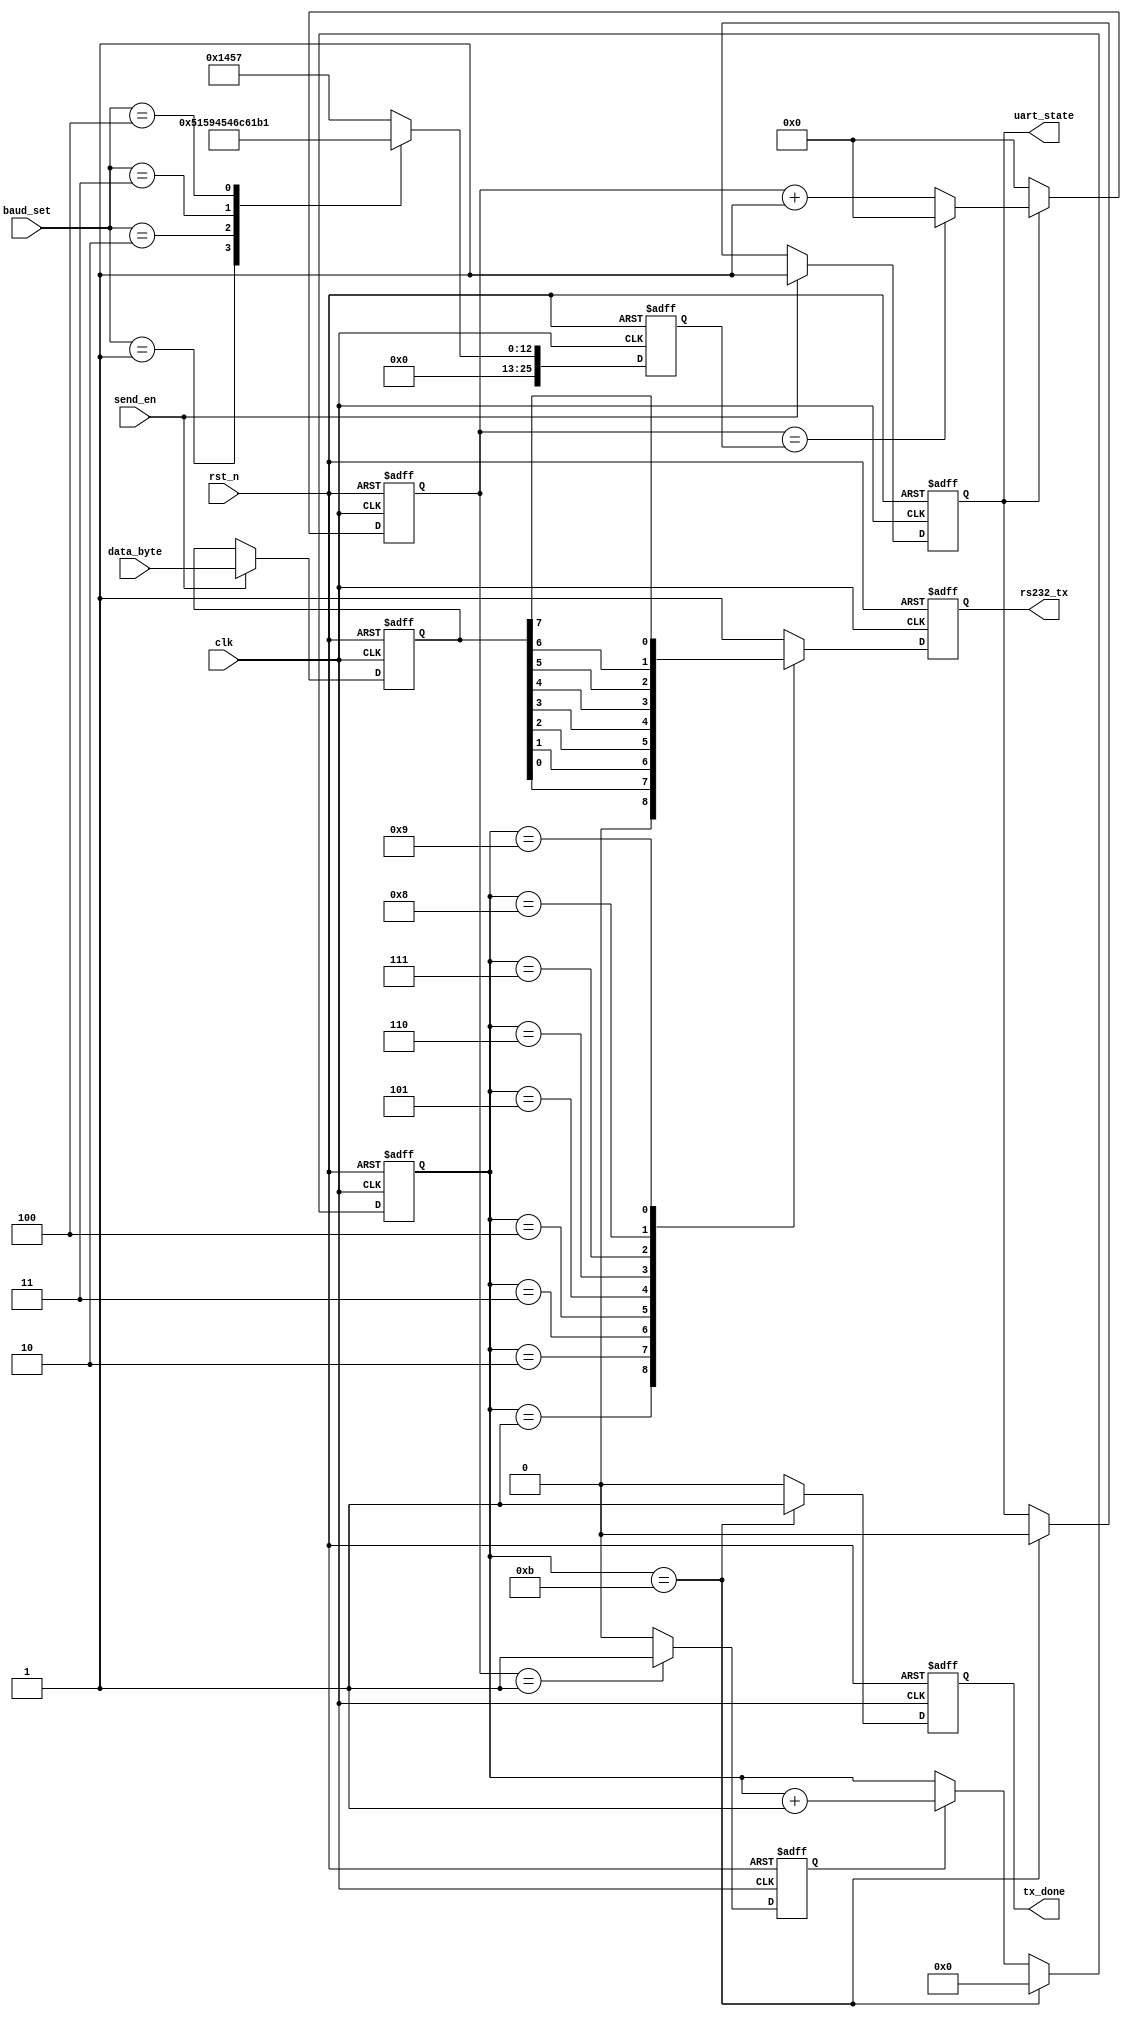
module tx(
input clk, rst_n,
input [7:0] data_byte,
input[2:0] baud_set,
input send_en,
output reg rs232_tx,
output reg uart_state,
output reg tx_done//
);
     localparam start_bite=1'b0;
    localparam stop_bite=1'b1;

	 reg bps_clk;//
    reg  [15:0] div_cnt;//
	reg  [25:0] bps_dr;//
	reg  [3:0] bps_cnt;//
	reg  [7:0] r_data_byte;//
  always@(posedge clk or negedge rst_n)
 begin 
	if(!rst_n)
	  uart_state <= 1'b0;//
	else if(send_en)
		uart_state <= 1'b1;//
	else if(bps_cnt == 4'd11)//
			uart_state<= 1'b0;
	else
			uart_state<= uart_state;
	end
 always@(posedge clk or negedge rst_n)
 begin
	if(!rst_n)
	r_data_byte <=8'b0000_0000;
	else if(send_en)
	r_data_byte <= data_byte;
	else
	r_data_byte <= r_data_byte;	 
 end
	
	always@(posedge clk or negedge rst_n)
 begin
	if(!rst_n)
    bps_dr <= 16'd5207;
    else	
	begin
			case(baud_set)
			 0:bps_dr <= 16'd5207;
			 1:bps_dr <= 16'd2603;
			 2:bps_dr <= 16'd1301;
			 3:bps_dr <= 16'd867;
			 4:bps_dr<= 16'd433;
			 default: bps_dr <= 16'd5207;
				endcase
	
	 end 
  end
	
	
	
	
	//
	always@(posedge clk or negedge rst_n)
	begin
	    if(!rst_n)
		 div_cnt <= 'd0;
		 else if(uart_state)
	 begin		 
		 if (div_cnt == bps_dr)//
		 div_cnt <= 'd0;
		 else
		 div_cnt <= div_cnt + 1'b1;
	 end  
	 else
		div_cnt <= 'd0;
	end
	//bps
	always@(posedge clk or negedge rst_n)
	begin
	   if(!rst_n)
	   bps_clk <= 1'b0;
	   else if(div_cnt == 'd1)
	   bps_clk <= 1'b1;
	   else
	   bps_clk <= 1'b0;
	end
	//bps
always@(posedge clk or negedge rst_n)
begin
	   if(!rst_n)
	   bps_cnt <= 4'd0;
	   else if(bps_cnt == 4'd11)
	    bps_cnt <= 4'd0;
		else if(bps_clk)
	   bps_cnt <= bps_cnt+1'b1;
	   else
	   bps_cnt <= bps_cnt;
	   
end


always@(posedge clk or negedge rst_n)
begin
	   if(!rst_n)
	   tx_done <= 1'b0;
	   else if (bps_cnt == 4'd11)
	   tx_done <= 1'b1;
	   else
	   tx_done <= 1'b0;
end

always@(posedge clk or negedge rst_n )
begin
	if(!rst_n)
	rs232_tx <= 1'b1;
	else
	begin 
		case(bps_cnt)
			0:rs232_tx <= 1'b1;
			1:rs232_tx <= start_bite;
			2:rs232_tx <= r_data_byte[0];
			3:rs232_tx <= r_data_byte[1];
			4:rs232_tx <= r_data_byte[2];
			5:rs232_tx <= r_data_byte[3];
			6:rs232_tx <= r_data_byte[4];
			7:rs232_tx <= r_data_byte[5];
			8:rs232_tx <= r_data_byte[6];
			9:rs232_tx <= r_data_byte[7];
			10:rs232_tx <= stop_bite;
			default: rs232_tx <= 1'b1;
		endcase
	end
 end
endmodule